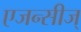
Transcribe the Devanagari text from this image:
एजन्सीज्